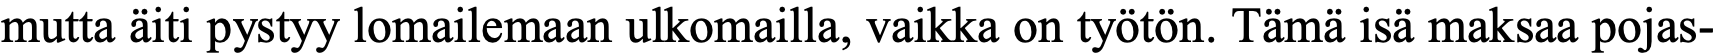
mutta äiti pystyy lomailemaan ulkomailla, vaikka on työtön. Tämä isä maksaa pojas-